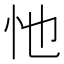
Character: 忚